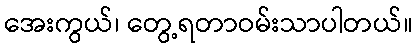
အေးကွယ်၊ တွေ့ရတာဝမ်းသာပါတယ်။